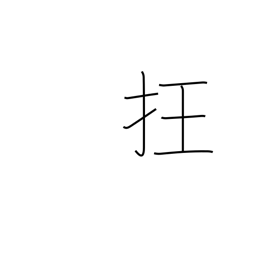
Meaning: disorder